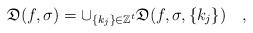
LaTeX: \begin{align*}{\mathfrak{D}}(f,\sigma)=\cup_{\{k_j\}\in\mathbb{Z}^t}\mathfrak{D}(f,\sigma,\{k_j\})\quad,\end{align*}